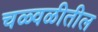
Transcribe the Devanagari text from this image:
चळ्वळीतील